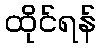
ထိုင်ရန်